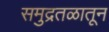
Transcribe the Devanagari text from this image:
समुद्रतळातून